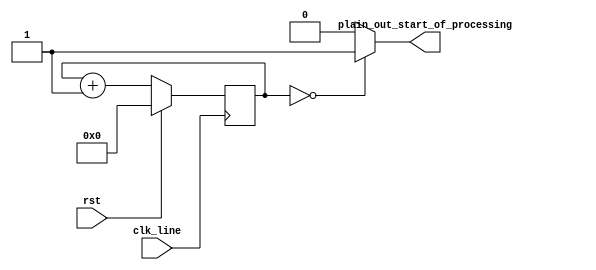
/////////////////////////////////////////////////////////////////
// Author      : -----
// Description : Start of Processing
// Notes       : 
//  - From USS by Farzad F. (LBL), and Chris N. (AMD).
//    Legacy block.
////////////////////////////////////////////////////////////////

`timescale 1 ps / 1 ps

module SOP (
   clk_line,
   rst,
   plain_out_start_of_processing
);

input clk_line /* unused */ ;
(* polarity = "high" *) input rst /* unused */ ;
output reg plain_out_start_of_processing /* undriven */ ;

reg [7:0]  cnt;
   
always @(posedge clk_line) begin
   if (rst) begin
      cnt <= 0;
   end else begin
      cnt <= cnt + 8'd1;   // rolls over to give 256 clocks / sop
   end
end

always @(cnt) begin
   if ( cnt == 8'b0 ) plain_out_start_of_processing = 1;
   else               plain_out_start_of_processing = 0;
end

endmodule